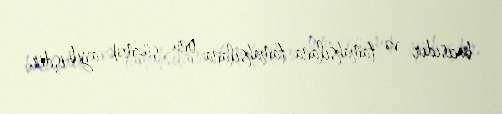
bacısıdır və tamahsılana-tamahsılana onu süzmək ayıb işdir.